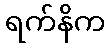
ရက်နိက